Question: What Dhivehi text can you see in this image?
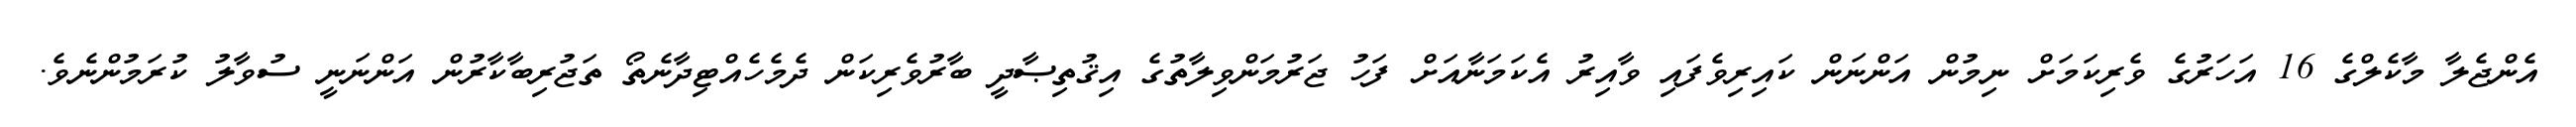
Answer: އެންޖެލާ މާކެލްގެ 16 އަހަރުގެ ވެރިކަމަށް ނިމުން އަންނަން ކައިރިވެފައި ވާއިރު އެކަމަނާއަށް ފަހު ޖަރުމަންވިލާތުގެ އިޤުތިޞާދީ ބާރުވެރިކަން ދެމެހެއްޓިދާނެތޯ ތަޖުރިބާކާރުން އަންނަނީ ސުވާލު ކުރަމުންނެވެ.